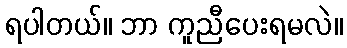
ရပါတယ်။ ဘာ ကူညီပေးရမလဲ။